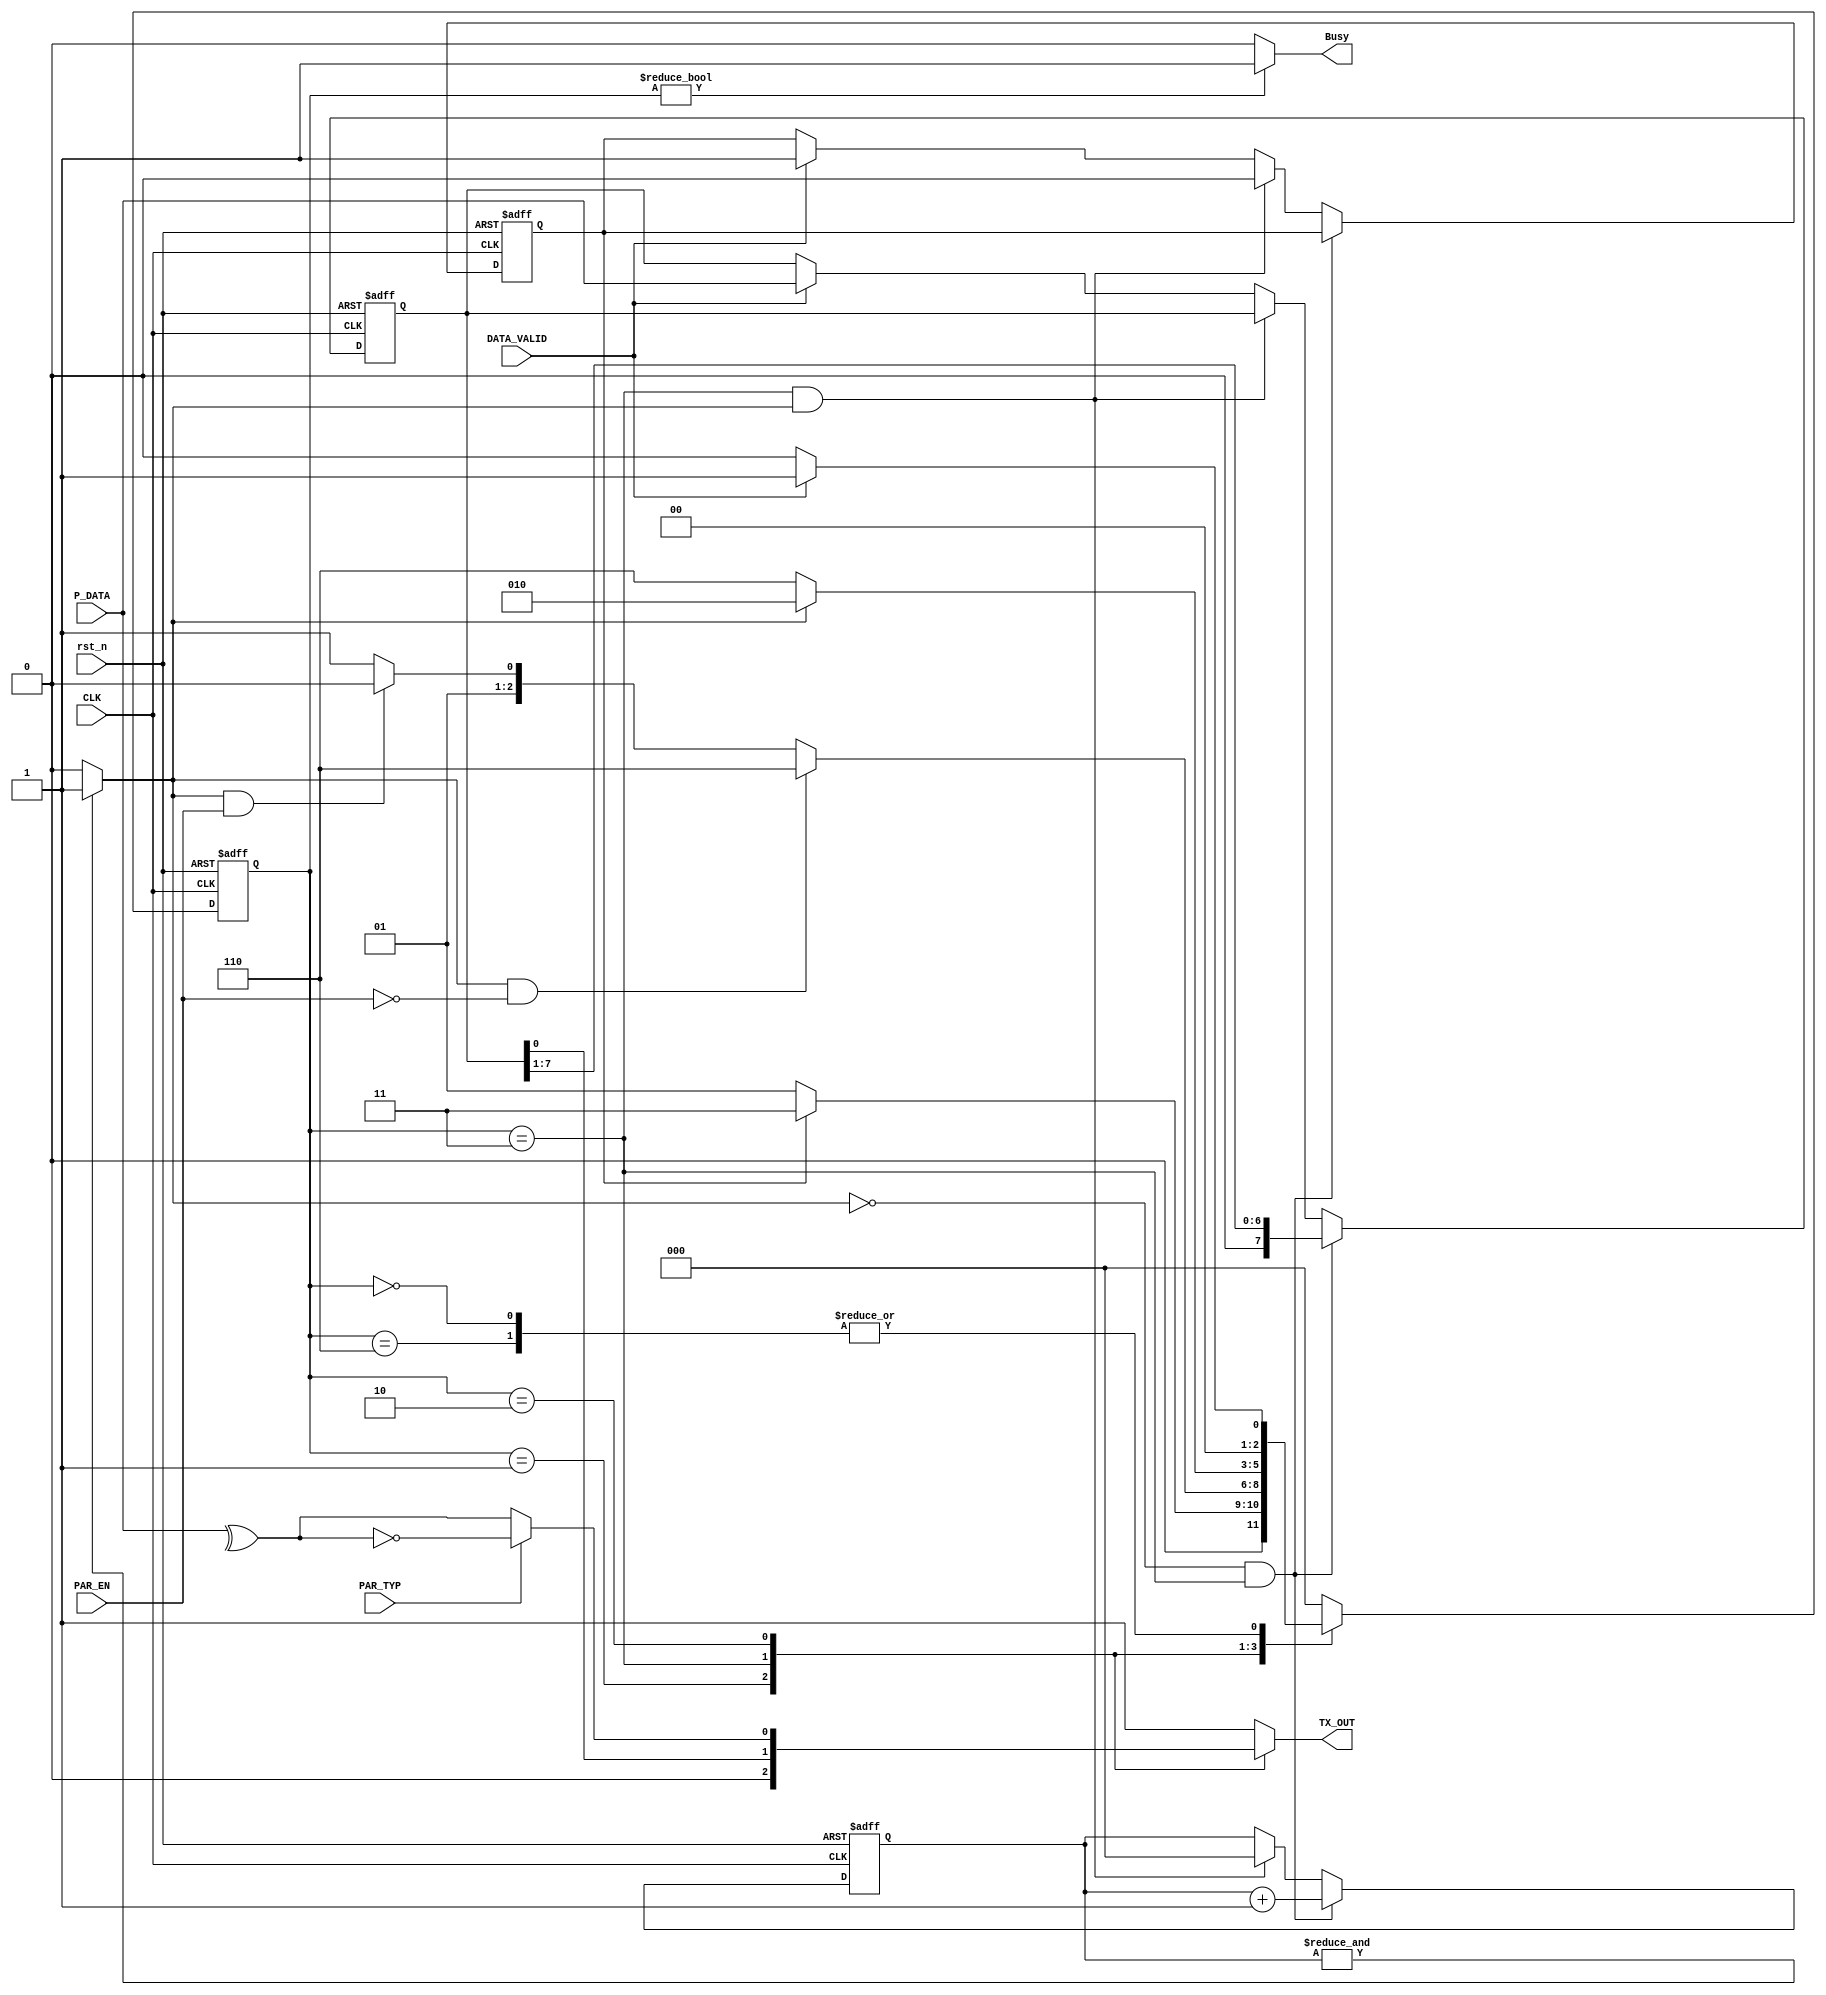
module UART_TX 
#(
	parameter INPUT_WIDTH = 8

)
(
	input  wire 				  rst_n,
	input  wire 				  CLK,
	input  wire [INPUT_WIDTH-1:0] P_DATA,
	input  wire 				  DATA_VALID,
	input  wire 				  PAR_EN,
	input  wire 				  PAR_TYP,
	output reg 					  TX_OUT,
	output wire 			      Busy
);

// FSM States (GRAY CODING)
localparam IDLE 	  = 3'b000;
localparam START_BIT  = 3'b001;
localparam SEND_DATA  = 3'b011;
localparam PARITY     = 3'b010;
localparam STOP_BIT   = 3'b110;

// FSM STATES
reg [2:0] CS;
reg [2:0] NS;

// Serializer with counter
reg [INPUT_WIDTH-1:0] serial_reg;
reg [2:0]             serial_counter;

// Start & Stop bits
wire Start_bit;
wire Stop_bit;

assign Start_bit = 0;
assign Stop_bit  = 1;

// Flags to enable/indicate the conversion
wire ser_done;
reg  ser_en;

assign ser_done = (&serial_counter)? 1'b1:1'b0;

// Busy Signal
assign Busy = (CS != IDLE)? 1'b1:1'b0;

// Parity_bit Calculation
wire par_bit;

assign par_bit = (PAR_TYP)? !(^P_DATA) : (^P_DATA);

// State Memory
always @(posedge CLK,negedge rst_n) begin
	if (!rst_n) begin

		CS <= IDLE;

	end
	else begin
		
		CS <= NS;

	end
end

// next state logic
always @(*) begin
	case(CS)

		IDLE: begin

			if (DATA_VALID) begin
				NS = START_BIT;
			end
			else begin			
				NS = IDLE;
			end

		end
		START_BIT: begin

			if (ser_en) begin
				NS = SEND_DATA;
			end
			else begin
				NS = START_BIT;
			end

		end
		SEND_DATA: begin

			if (ser_done && !PAR_EN) begin
				NS = STOP_BIT;
			end
			else if (ser_done && PAR_EN) begin
				NS = PARITY;
			end
			else begin
				
				NS = SEND_DATA;

			end

		end
		PARITY: begin

			if (!ser_done) begin
				NS = STOP_BIT;
			end
			else begin
				NS = PARITY;
			end

		end
		STOP_BIT: begin

			if (DATA_VALID) begin
				NS = START_BIT;
			end
			else begin
				NS = IDLE;
			end

		end
		default: NS = IDLE;

	endcase
end

// FSM Logic
always @(posedge CLK , negedge rst_n) begin

	if (!rst_n) begin

		serial_reg 	   <= 0;
		serial_counter <= 0;
		ser_en         <= 0;

	end
	else if (!ser_done && CS == SEND_DATA) begin

		serial_counter <= serial_counter + 1;
		serial_reg <= {1'b0,serial_reg[7:1]};

	end
	else if (CS == SEND_DATA && ser_done) begin

		serial_counter <= 0;
		ser_en <= 0;

	end
	else if (DATA_VALID) begin

		serial_reg <= P_DATA;
		ser_en     <= 1;

	end

end

// TX_OUT_LOGIC
always @(*) begin

	case(CS)

		START_BIT: begin

			TX_OUT = Start_bit;

		end
		SEND_DATA: begin

			TX_OUT = serial_reg[0];

		end
		PARITY: begin

			TX_OUT = par_bit;

		end
		default: TX_OUT = Stop_bit;

	endcase

end

endmodule // UART_TX